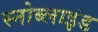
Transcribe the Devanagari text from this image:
स्नोब्लाइंड